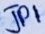
Text: JP1